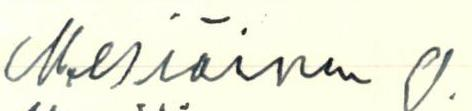
Mesiäinen O.